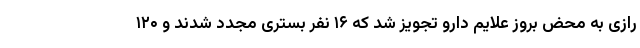
رازی به محض بروز علایم دارو تجویز شد که ۱۶ نفر بستری مجدد شدند و ۱۲۰